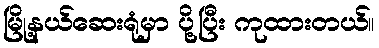
မြို့နယ်ဆေးရုံမှာ ပို့ပြီး ကုထားတယ်။